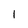
Character: 1